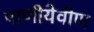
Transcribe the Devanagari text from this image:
पाणीयेवीण